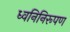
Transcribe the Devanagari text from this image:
ध्वनिनिरूपण